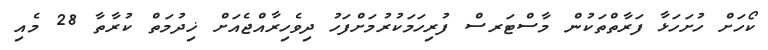
ކޯހަށް ހުށަހަޅާ ފަރާތްތަކުން މާސްޓަރސް ފުރިހަމަކުރުމަށްފަހު ދިވެހިރާއްޖެއަށް ޚިދުމަތް ކުރާތާ 28 މެއި